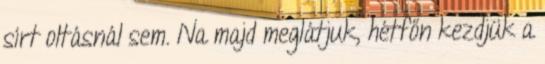
sírt oltásnál sem. Na majd meglátjuk, hétfőn kezdjük a